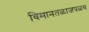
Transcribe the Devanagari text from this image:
विमानतळाजवळच